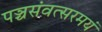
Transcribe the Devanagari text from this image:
पञ्चसंवत्सरमयं